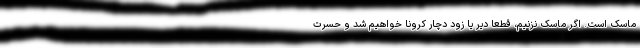
ماسک است. اگر ماسک نزنیم، قطعا دیر یا زود دچار کرونا خواهیم شد و حسرت